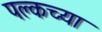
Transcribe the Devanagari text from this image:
पल्कच्या